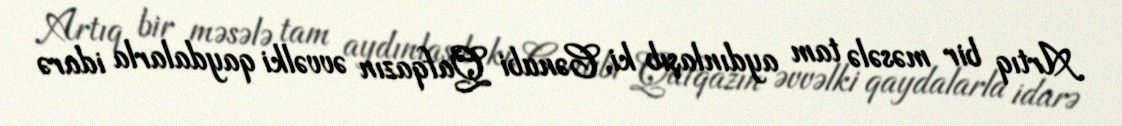
Artıq bir məsələ tam aydınlaşıb ki, Cənubi Qafqazın əvvəlki qaydalarla idarə